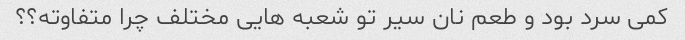
کمی سرد بود و طعم نان سیر تو شعبه هایی مختلف چرا متفاوته؟؟